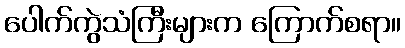
ပေါက်ကွဲသံကြီးများက ကြောက်စရာ။